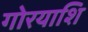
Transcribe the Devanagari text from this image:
गोरयाशि